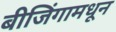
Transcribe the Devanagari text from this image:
बीजिंगामधून